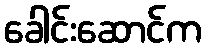
ခေါင်းဆောင်က